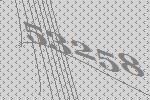
53258